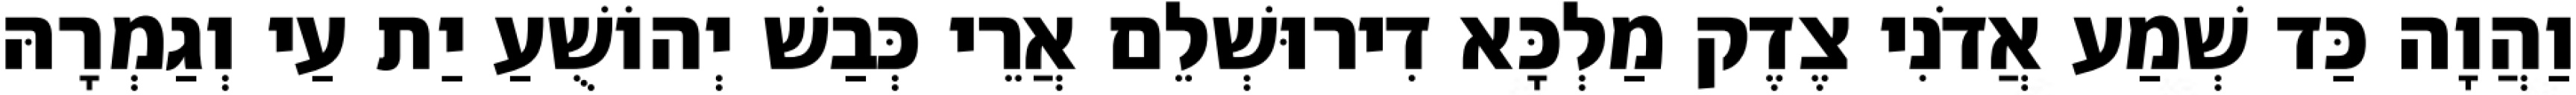
וַהֲוָה כַּד שְׁמַע אֲדֹנִי צֶדֶק מַלְכָּא דִירוּשְׁלֵם אֲרֵי כְּבַשׁ יְהוֹשֻׁעַ יַת עַי וְגַמְרָהּ